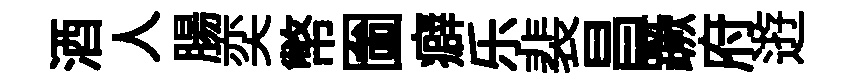
酒人腸奕幣圗癖乐裴昌蹶府逰